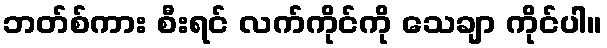
ဘတ်စ်ကား စီးရင် လက်ကိုင်ကို သေချာ ကိုင်ပါ။